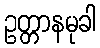
ဥတ္တာနမုခါ